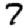
Digit: 7